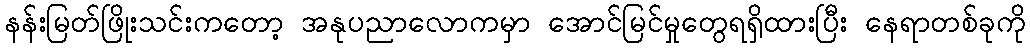
နန်းမြတ်ဖြိုးသင်းကတော့ အနုပညာလောကမှာ အောင်မြင်မှုတွေရရှိထားပြီး နေရာတစ်ခုကို